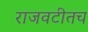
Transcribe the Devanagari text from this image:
राजवटीतच